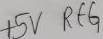
Text: +5V REG